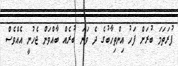
ފުރަތަމަ ބުރަށް ފަހު އިންތިހާބުގެ ދެ ވަނަ ބުރެއްް ބާއްވަން ޖެހުނީ އެއްވެސް